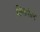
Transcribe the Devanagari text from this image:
क्विलपॅडने